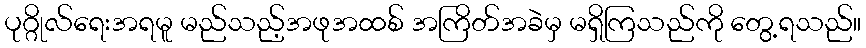
ပုဂ္ဂိုလ်ရေးအရမူ မည်သည့်အဖုအထစ် အကြိတ်အခဲမှ မရှိကြသည်ကို တွေ့ရသည်။